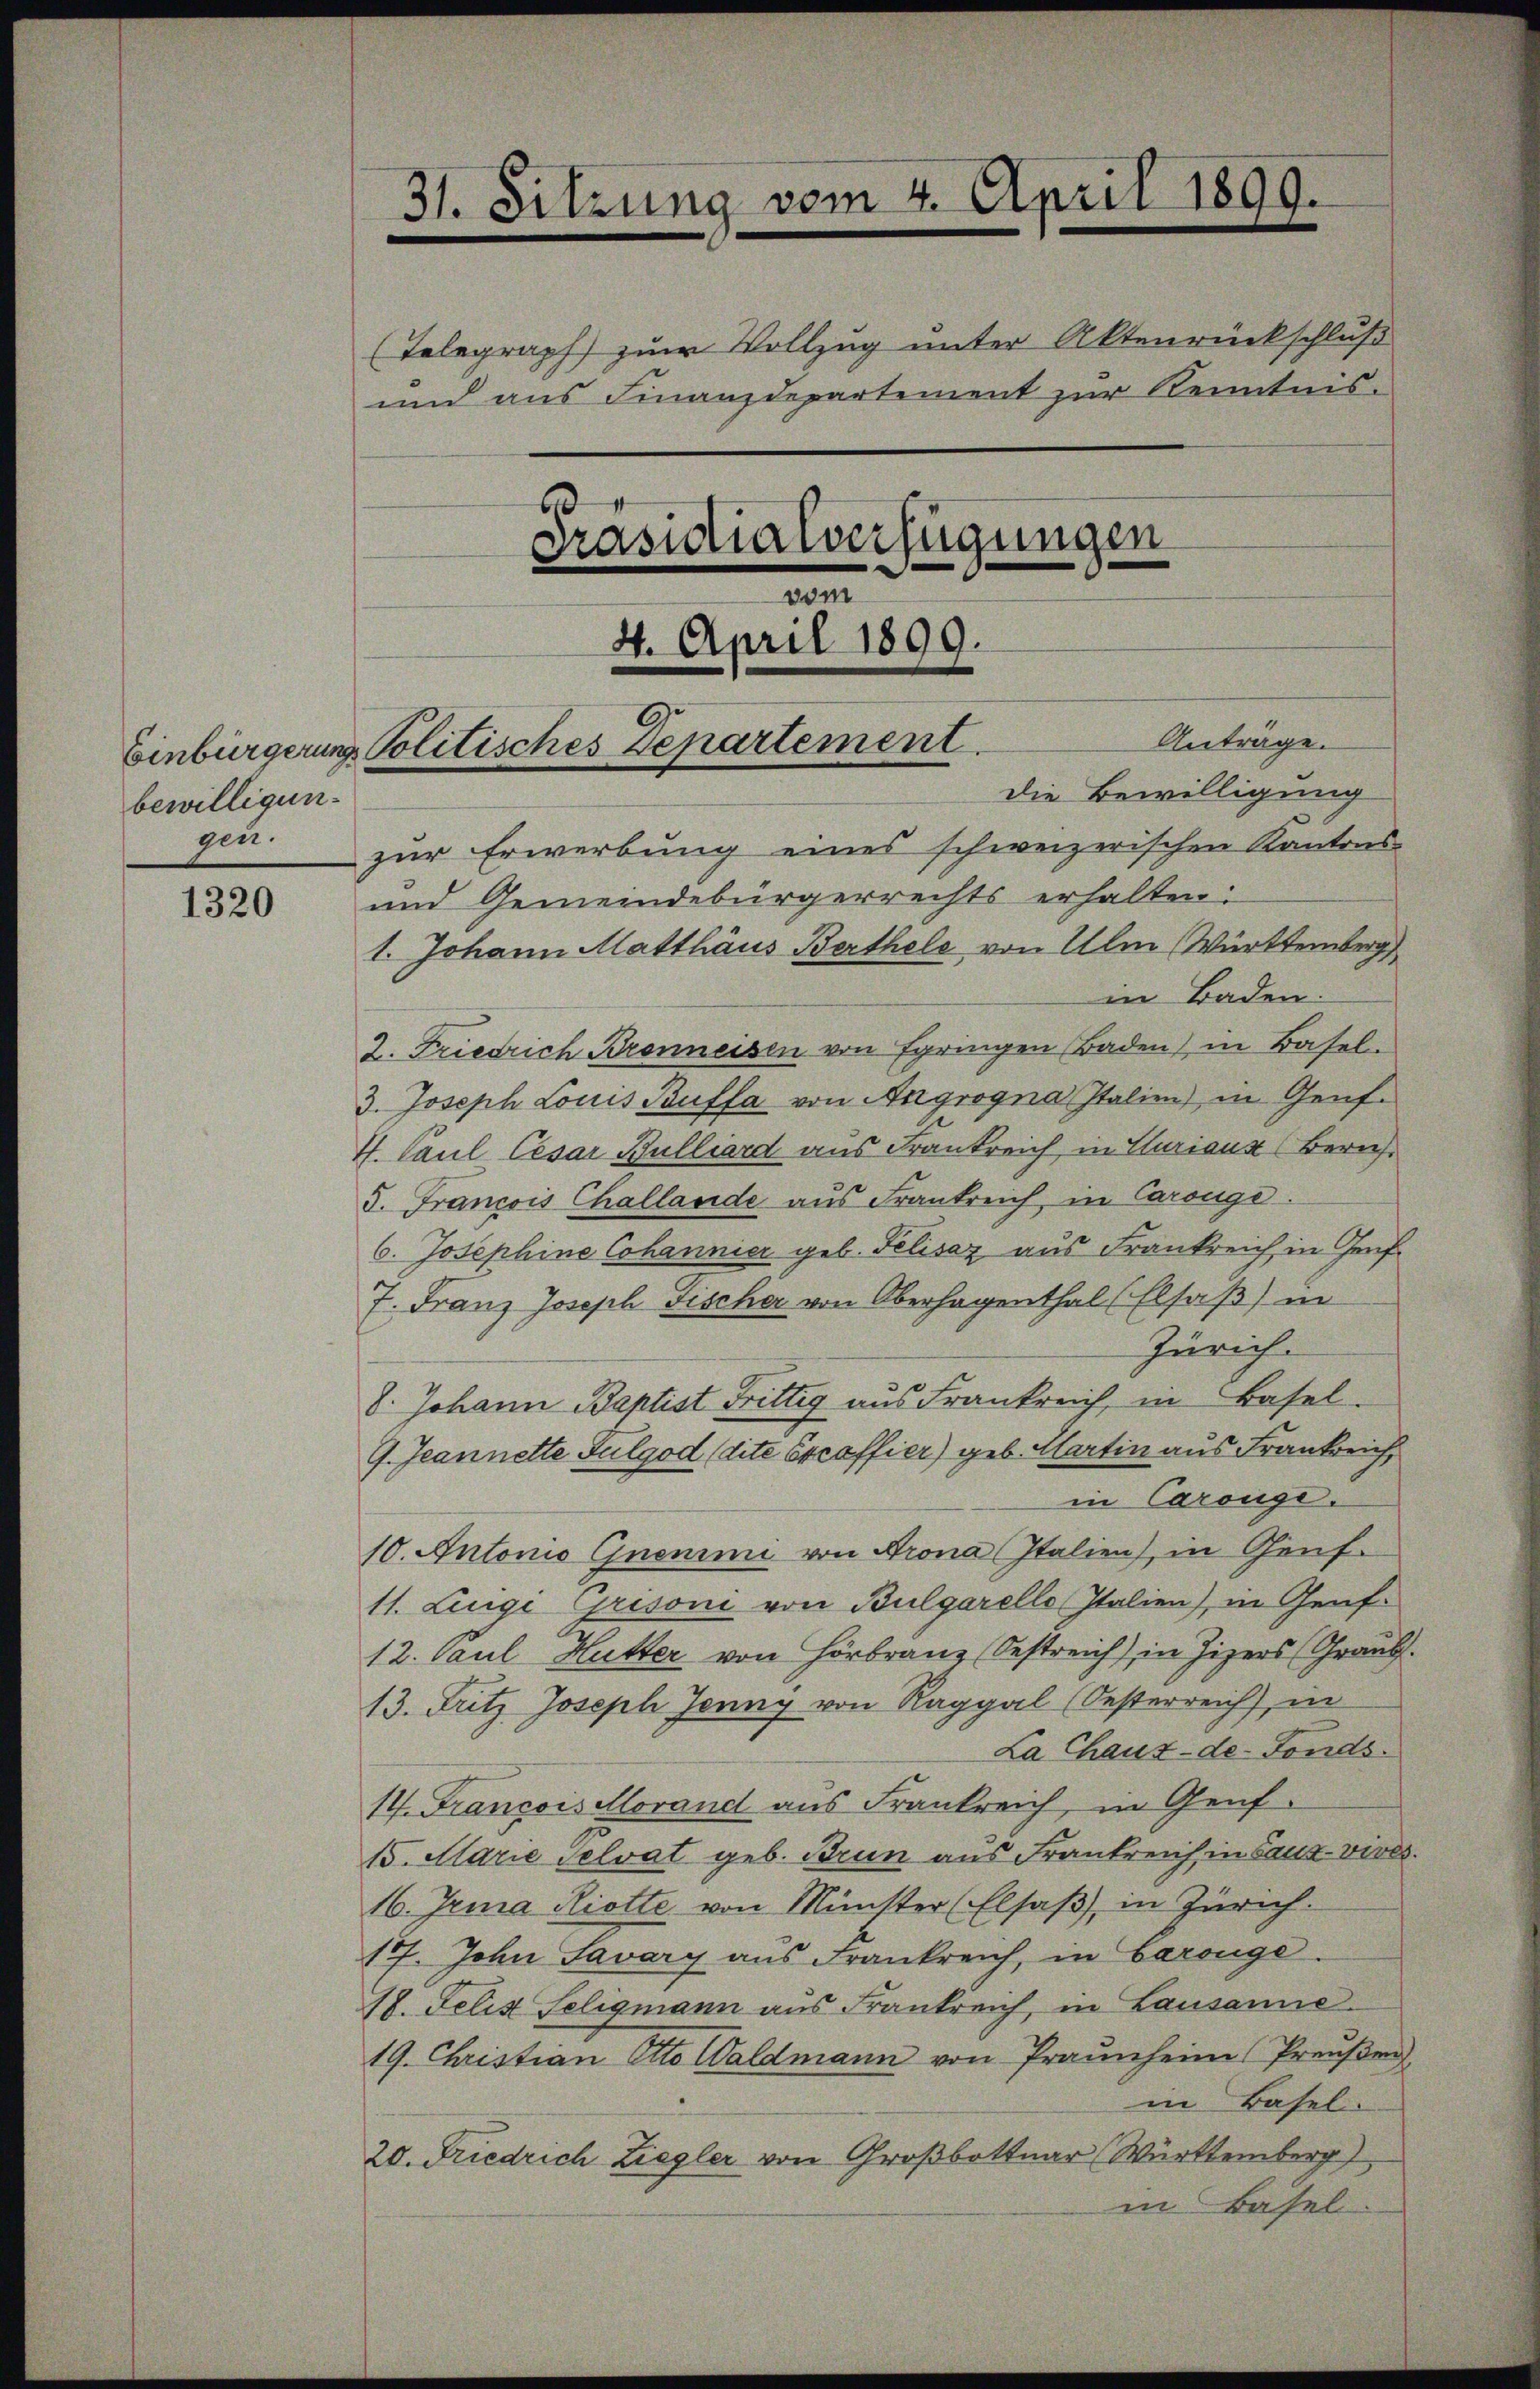
bewilligungen.

1320

Präsidialverfügungen
vom
4. April 1899.

Antrage.
Die Bewilligung
zur Erwerbung eines schweizerischen Kantons
und Gemeindebürgerrechts erhalten:
1. Johann Matthäus Berthele von Ulm Württemberg
in Baden.
2. Friedrich Bronnessen von springen Baden) in Basel-
3. Joseph Louis Buffa von Angrogna Italien) in Genf.
4. Paul Cesar Bulliard aus Frankreich in Curiaux (Zürich.
5. Francois Challande aus Frankreich, in Carouge.
6. Josephine Cohannier geb. Felisaz aus Frankreich in Genf
7. Franz Joseph Fischer von Oberhagenthal (Elsaβ) in
Zürich.
8. Johann Baptist Fittig aus Frankreich, in Basel-
G. Jeannette Sulgod (dite Excaffier) geb. Hartin aus Frankreich
in Carouge.
10. Antonio Gnenini von Krona Italien), in Genf.
11. Luigi Grisoni von Bulgarello, Italien), in Genf.
12. Paul Hutter von Hörbranz Oestreich in Zizers (Graub.
13. Fritz Joseph Jenny von Raggal (Oesterreich in
La Chaux-de-Fonds.
14. Francois Morand aus Frankreich in Genf.
15. Marie Selvat geb. Brun aus Frankreich in Sauz-vives
16. Jena Rotte von Münster (Elsaß, in Zürich.
17. John Savary aus Frankreich, in Baronge.
A8. Felis Seligmann aus Frankreich, in Lausanne.
19. Christian Otto Waldmann von Praŭnheim Preŭβen
in Basel.
20. Friedrich Ziegler von Großbottuar (Württemberg
in Basel

Telegraph zur Vollzug unter Aktenrückschluß
und aus Finanzdepartement zur Kenntnis-

31. Sitzung vom 4. April 1899.

Einbürgerungs Politisches Departement.